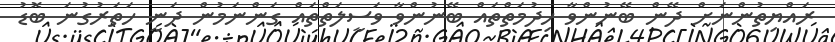
ރައްޔިތުންނަށް ދޭން ބޭނުންވާ ހިދުމަތްތައް ބޭނުންވާ ވަސީލަތްތައް ގަންނަމުން ދަނީ ހަތަރުގުނަ ބޮޑު